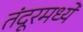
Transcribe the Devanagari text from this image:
तंदूरमध्ये